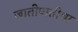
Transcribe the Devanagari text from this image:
जातीपातीचा